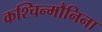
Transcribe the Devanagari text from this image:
कश्चिन्मौनिना